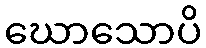
ဃောသောပိ